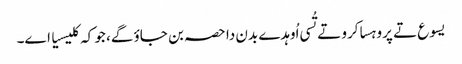
یسوع تے پروہسا کرو تے تُسی اُوہدے بدن دا حصہ بن جاؤ گے، جو کہ کلیسیا اے۔